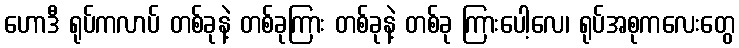
ဟောဒီ ရုပ်ကလာပ် တစ်ခုနဲ့ တစ်ခုကြား တစ်ခုနဲ့ တစ်ခု ကြားပေါ့လေ၊ ရုပ်အစုကလေးတွေ